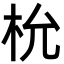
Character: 㭇